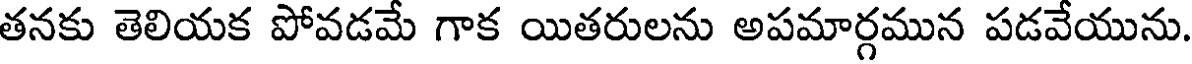
తనకు తెలియక పోవడమే గాక యితరులను అపమార్గమున పడవేయును